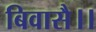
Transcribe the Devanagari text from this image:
बिवासै।।